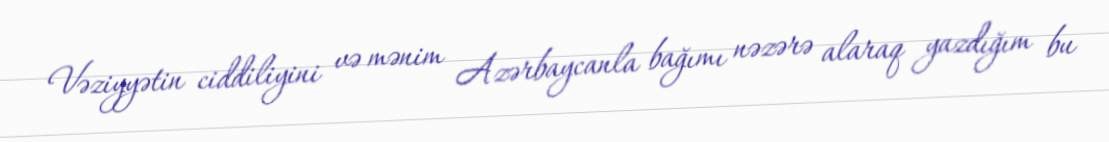
Vəziyyətin ciddiliyini və mənim Azərbaycanla bağımı nəzərə alaraq yazdığım bu